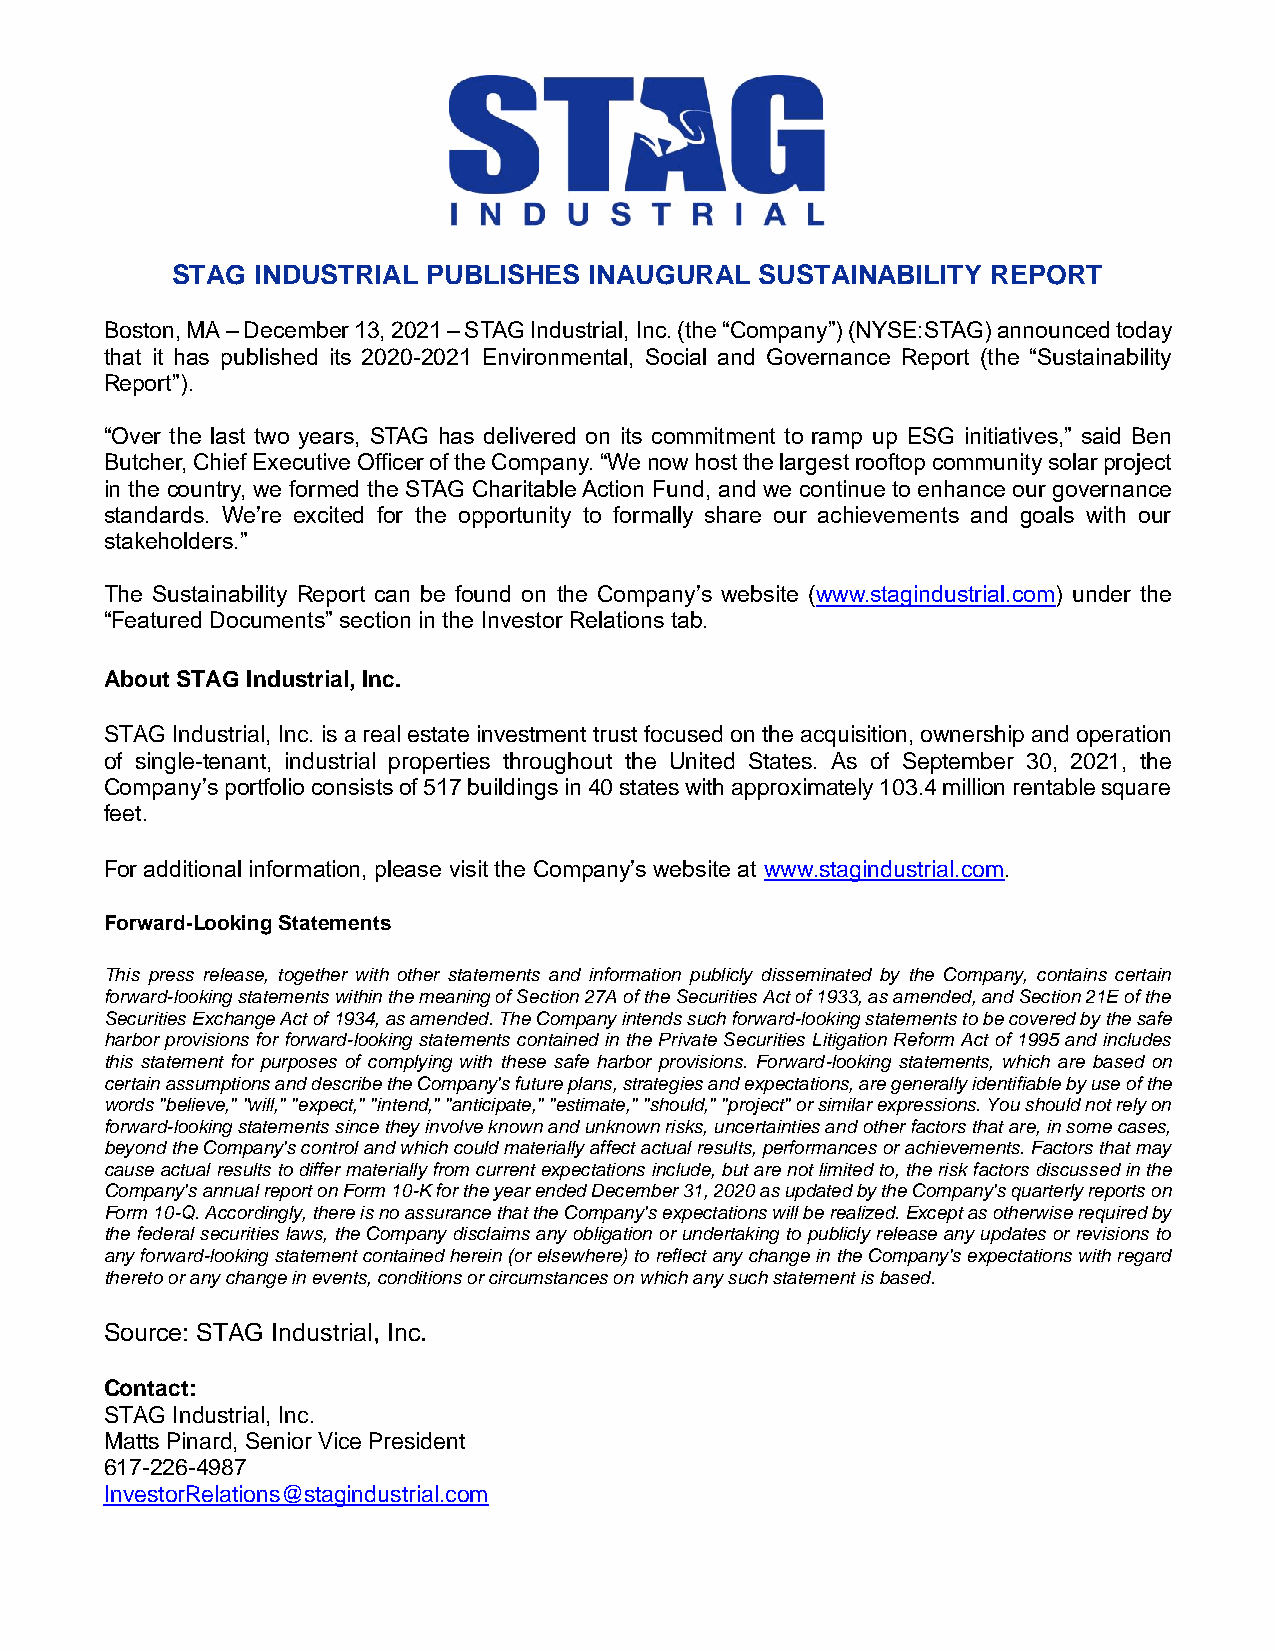
STAG  INDUSTRIAL PUBLISHES  INAUGURAL  SUSTAINABILITY  REPORT
 Boston, MA – December 13, 2021 – STAG Industrial, Inc. (the “Company”) (NYSE:STAG) announced today
 that it has published its 2020-2021 Environmental, Social and Governance Report (the “Sustainability
 Report”).
 “Over the last two years, STAG has delivered on its commitment to ramp up ESG initiatives,” said Ben
 Butcher, Chief Executive Officer of the Company. “We now host the largest rooftop community solar project
 in the country, we formed the STAG Charitable Action Fund, and we continue to enhance our governance
 standards. We’re excited for the opportunity to formally share our achievements and goals with our
 stakeholders.”
 The Sustainability Report can be found on the Company’s website (www.stagindustrial.com) under the
 “Featured Documents” section in the Investor Relations tab.
 About STAG Industrial, Inc.
 STAG Industrial, Inc. is a real estate investment trust focused on the acquisition, ownership and operation
 of single-tenant, industrial properties throughout the United States. As of September 30, 2021, the
 Company’s portfolio consists of 517 buildings in 40 states with approximately 103.4 million rentable square
 feet.
 For additional information, please visit the Company’s website at www.stagindustrial.com.
 Forward-Looking Statements
 This press release, together with other statements and information publicly disseminated by the Company, contains certain
 forward-looking statements within the meaning of Section 27A of the Securities Act of 1933, as amended, and Section 21E of the
 Securities Exchange Act of 1934, as amended. The Company intends such forward-looking statements to be covered by the safe
 harbor provisions for forward-looking statements contained in the Private Securities Litigation Reform Act of 1995 and includes
 this statement for purposes of complying with these safe harbor provisions. Forward-looking statements, which are based on
 certain assumptions and describe the Company's future plans, strategies and expectations, are generally identifiable by use of the
 words "believe," "will," "expect," "intend," "anticipate," "estimate," "should," "project" or similar expressions. You should not rely on
 forward-looking statements since they involve known and unknown risks, uncertainties and other factors that are, in some cases,
 beyond the Company's control and which could materially affect actual results, performances or achievements. Factors that may
 cause actual results to differ materially from current expectations include, but are not limited to, the risk factors discussed in the
 Company's annual report on Form 10-K for the year ended December 31, 2020 as updated by the Company's quarterly reports on
 Form 10-Q. Accordingly, there is no assurance that the Company's expectations will be realized. Except as otherwise required by
 the federal securities laws, the Company disclaims any obligation or undertaking to publicly release any updates or revisions to
 any forward-looking statement contained herein (or elsewhere) to reflect any change in the Company's expectations with regard
 thereto or any change in events, conditions or circumstances on which any such statement is based.
 Source: STAG Industrial, Inc.
 Contact:
 STAG Industrial, Inc.
 Matts Pinard, Senior Vice President
 617-226-4987
 InvestorRelations@stagindustrial.com